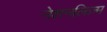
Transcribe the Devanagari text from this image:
नेशनलिज़्म